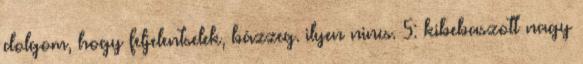
dolgom, hogy feljelentselek, bázzeg. ilyen nincs. 5: kibebaszott nagy